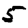
Digit: 5